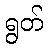
ရွတ်